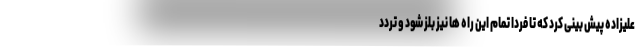
علیزاده پیش بینی کرد که تا فردا تمام این راه ها نیز بلز شود و تردد